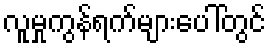
လူမှုကွန်ရက်များပေါ်တွင်